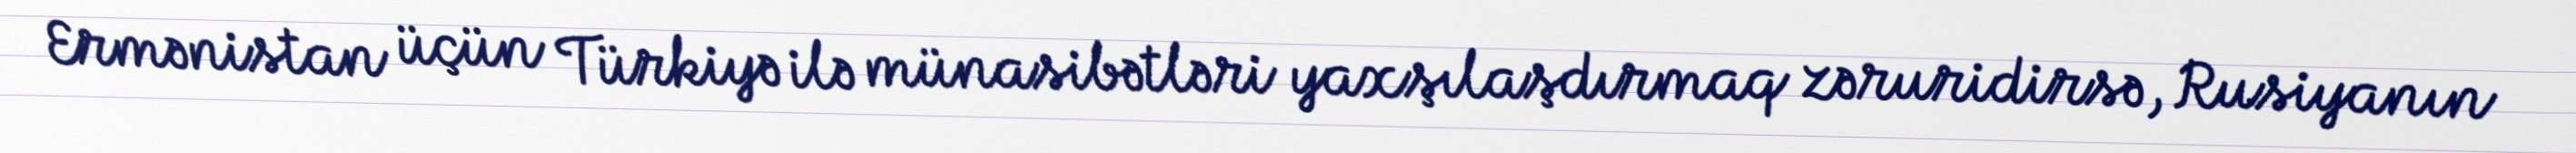
Ermənistan üçün Türkiyə ilə münasibətləri yaxşılaşdırmaq zəruridirsə, Rusiyanın